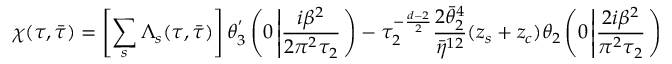
\chi ( \tau , \bar { \tau } ) = \left[ \sum _ { s } \Lambda _ { s } ( \tau , \bar { \tau } ) \right] \theta _ { 3 } ^ { ' } \left( 0 \left| \frac { i \beta ^ { 2 } } { 2 \pi ^ { 2 } \tau _ { 2 } } \right. \right) - \tau _ { 2 } ^ { - \frac { d - 2 } { 2 } } \frac { 2 \bar { \theta } _ { 2 } ^ { 4 } } { \bar { \eta } ^ { 1 2 } } ( z _ { s } + z _ { c } ) \theta _ { 2 } \left( 0 \left| \frac { 2 i \beta ^ { 2 } } { \pi ^ { 2 } \tau _ { 2 } } \right. \right)